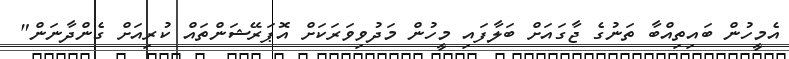
އެމީހުން ބައިތިއްބާ ތަނުގެ ޖާގައަށް ބަލާފައި މީހުން މަދުވިވަރަކަށް އޮޕަރޭޝަންތައް ކުރިއަށް ގެންދާނަން"